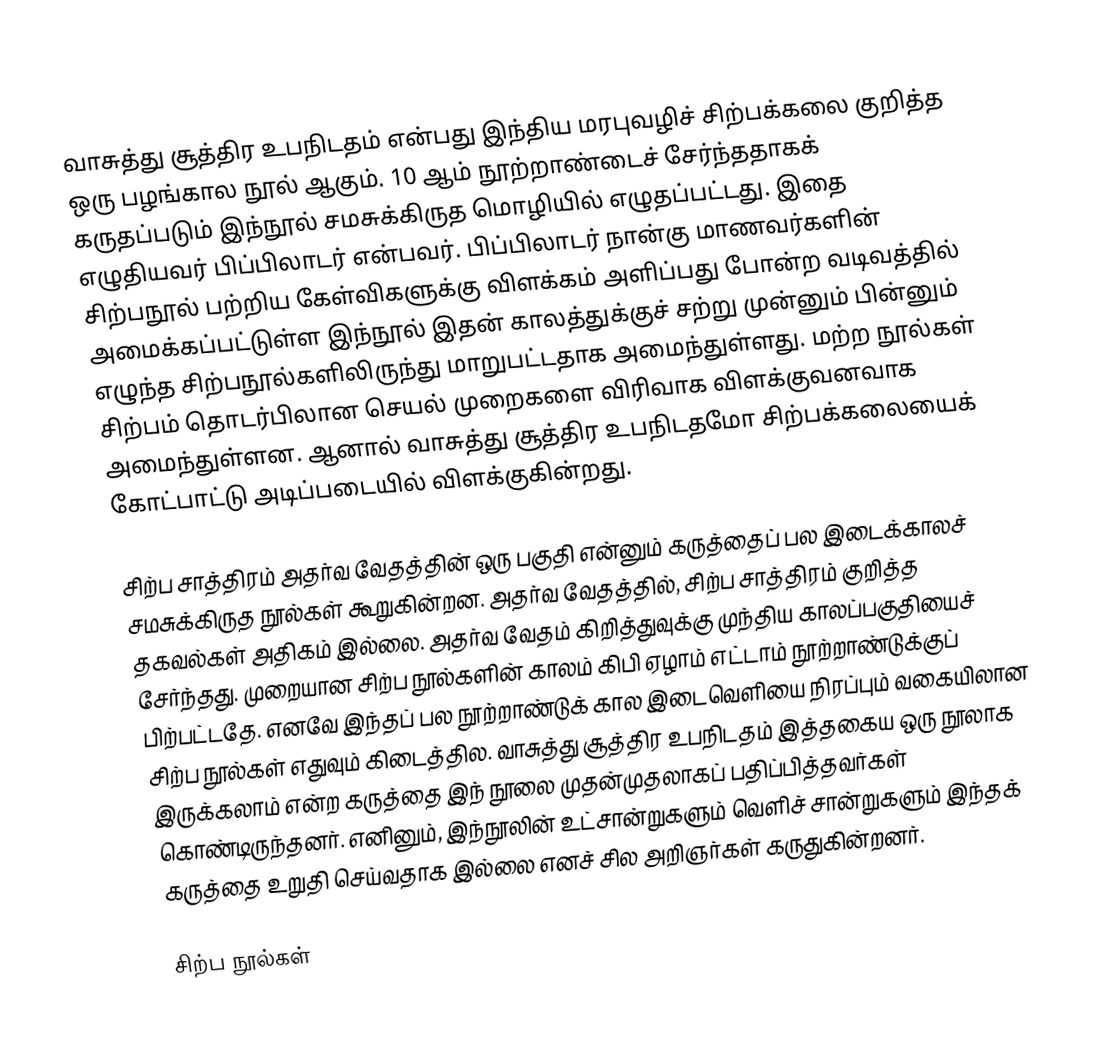
வாசுத்து சூத்திர உபநிடதம் என்பது இந்திய மரபுவழிச் சிற்பக்கலை குறித்த ஒரு பழங்கால நூல் ஆகும். 10 ஆம் நூற்றாண்டைச் சேர்ந்ததாகக் கருதப்படும் இந்நூல் சமசுக்கிருத மொழியில் எழுதப்பட்டது. இதை எழுதியவர் பிப்பிலாடர் என்பவர். பிப்பிலாடர் நான்கு மாணவர்களின் சிற்பநூல் பற்றிய கேள்விகளுக்கு விளக்கம் அளிப்பது போன்ற வடிவத்தில் அமைக்கப்பட்டுள்ள இந்நூல் இதன் காலத்துக்குச் சற்று முன்னும் பின்னும் எழுந்த சிற்பநூல்களிலிருந்து மாறுபட்டதாக அமைந்துள்ளது. மற்ற நூல்கள் சிற்பம் தொடர்பிலான செயல் முறைகளை விரிவாக விளக்குவனவாக அமைந்துள்ளன. ஆனால் வாசுத்து சூத்திர உபநிடதமோ சிற்பக்கலையைக் கோட்பாட்டு அடிப்படையில் விளக்குகின்றது.

சிற்ப சாத்திரம் அதர்வ வேதத்தின் ஒரு பகுதி என்னும் கருத்தைப் பல இடைக்காலச் சமசுக்கிருத நூல்கள் கூறுகின்றன. அதர்வ வேதத்தில், சிற்ப சாத்திரம் குறித்த தகவல்கள் அதிகம் இல்லை. அதர்வ வேதம் கிறித்துவுக்கு முந்திய காலப்பகுதியைச் சேர்ந்தது. முறையான சிற்ப நூல்களின் காலம் கிபி ஏழாம் எட்டாம் நூற்றாண்டுக்குப் பிற்பட்டதே. எனவே இந்தப் பல நூற்றாண்டுக் கால இடைவெளியை நிரப்பும் வகையிலான சிற்ப நூல்கள் எதுவும் கிடைத்தில. வாசுத்து சூத்திர உபநிடதம் இத்தகைய ஒரு நூலாக இருக்கலாம் என்ற கருத்தை இந் நூலை முதன்முதலாகப் பதிப்பித்தவர்கள் கொண்டிருந்தனர். எனினும், இந்நூலின் உட்சான்றுகளும் வெளிச் சான்றுகளும் இந்தக் கருத்தை உறுதி செய்வதாக இல்லை எனச் சில அறிஞர்கள் கருதுகின்றனர்.

சிற்ப நூல்கள்